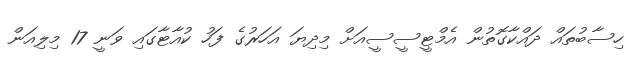
ހިސާބުތައް ދައްކާގޮތުން އެމްޓީސީސީއަށް މިދިޔަ އަހަރުގެ ފަހު ކުއާޓާގައި ވަނީ 17 މިލިއަން